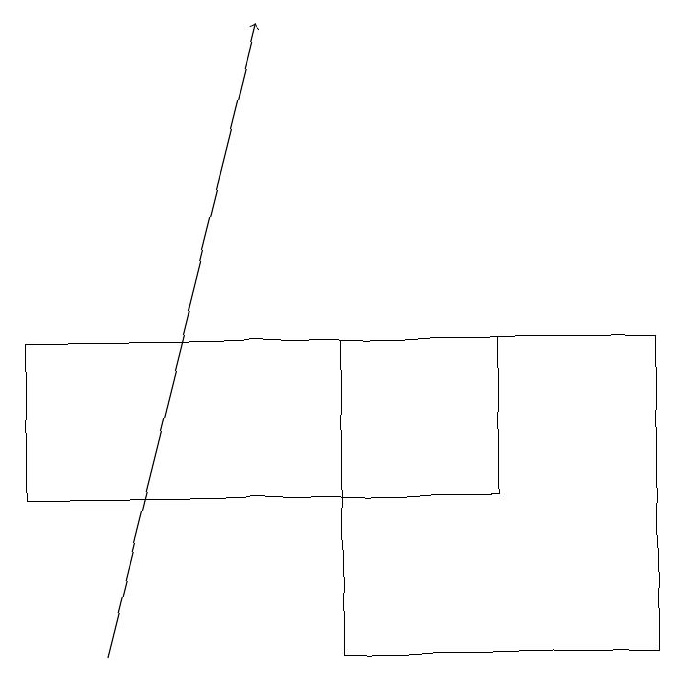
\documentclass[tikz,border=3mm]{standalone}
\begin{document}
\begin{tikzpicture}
\draw[->] (2,11) -- (4,19);
\draw (9,15) rectangle (5,11);
\draw (1,15) rectangle (7,13);
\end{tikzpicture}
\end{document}